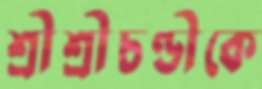
শ্রীশ্রীচণ্ডীকে